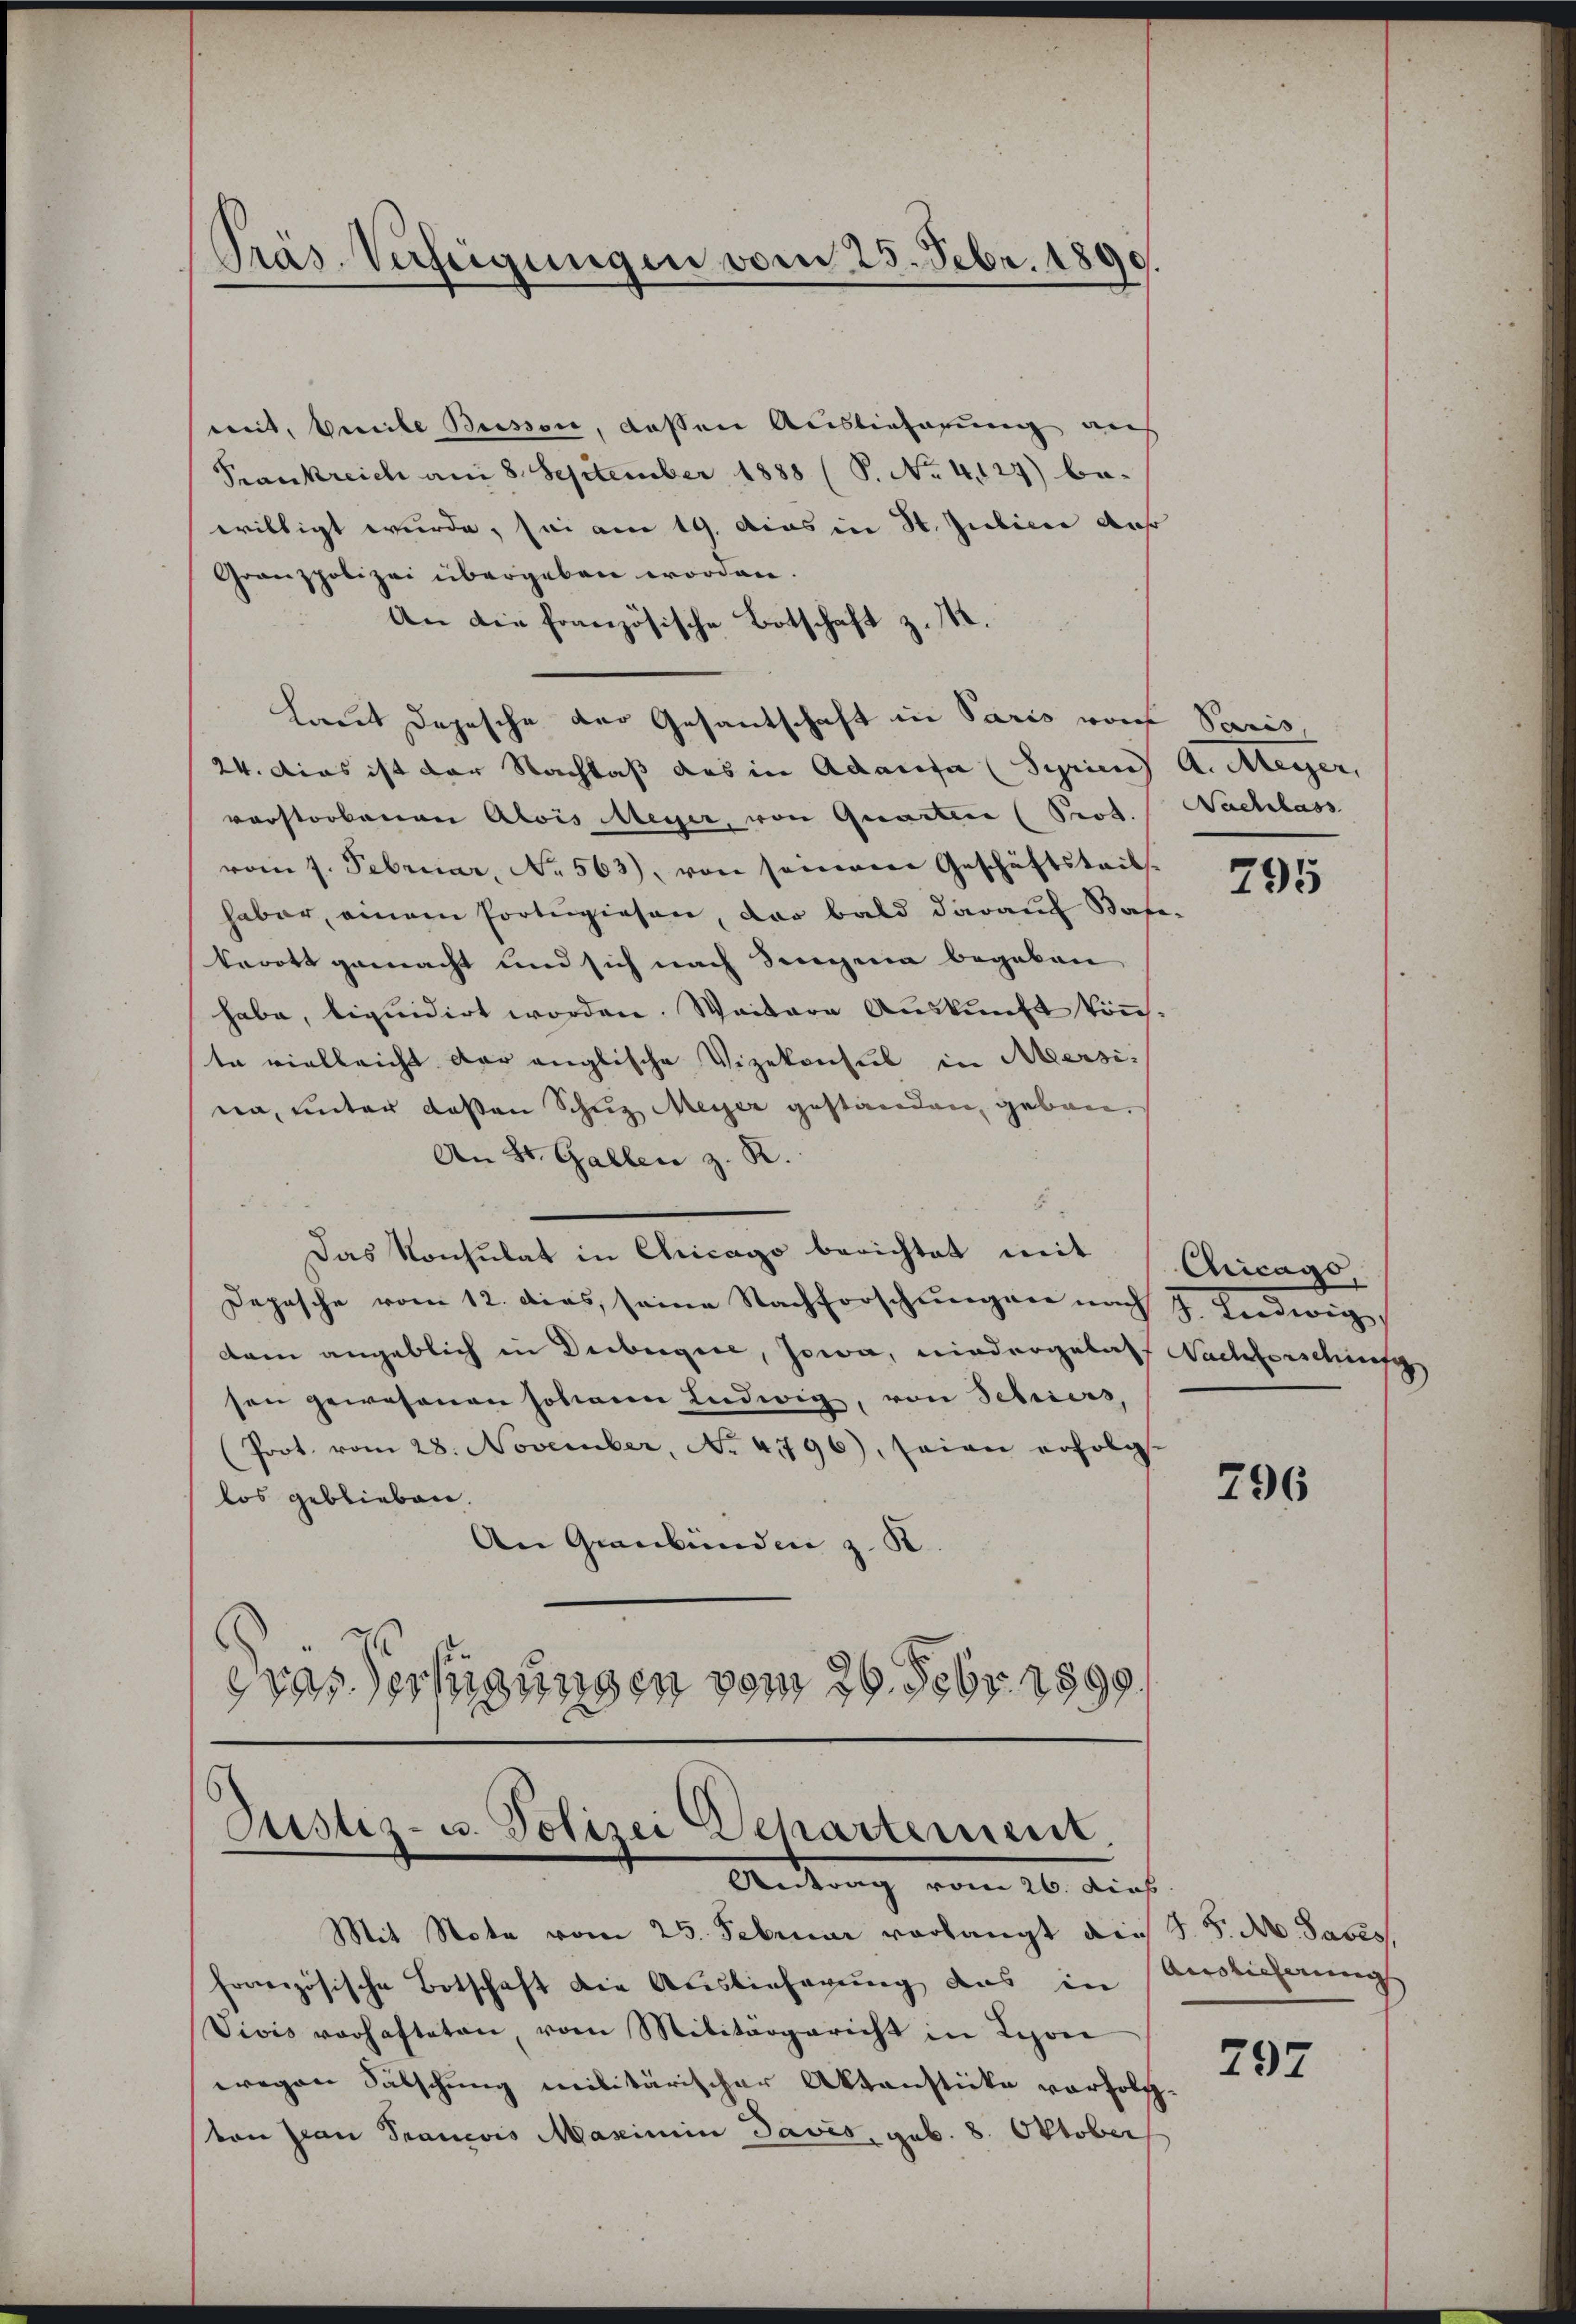
Präs. Verfeigungen vom 23. Febr. 1890.

mit, bereite Buisson, dassen Auslieferung aus
Prankreich am 8. September 1888 (S. No. 4127) bewilligt wurde, sei am 19. Acas in St. Juliere der
Granspolizei übergeben worden.
An die französische Botschaft z. B.
laut Depesche der Gesantschaft in Paris von Paris,
24. Dies ist der Nachlaß das in Adacosa (Syrien) A. Meyer,
vorstorbenen Alois Meyer, von Quarten (Prot. Nachlass
vom 7. Februar, No 563), von seinem Geschäftsteil-
haber, einem Portugiesen, der bald darauf Bafe-
kerott gemacht und sich nach Sengina begeben
habe, liquidirt worden. Weitere Auskunft könnte vielleicht der englische Vizekonsul in Mersina, unter deßen Schuz Meyer gestanden, gebau
An St. Gallen z. R.
5
das Konsulat in Chicago berichtet mit Chicage
Depesche vom 12. dies, seine Nachforschungen nach J. Ludwig,
dam angeblich in Duibergie, Jowa, niedergelaff Nachforsching
sen gewesenen sodann Ludwig, von Schiers,
(Prot. vom 28. November, No 4796), seien erfolg-
los geblieben.
An Graubünden z. B.
Dras Verfügungen vom 26. Febr. 1890.

Justiz- u. Polizei Departement,
Antrag vom 20. Auch

Mit Nota vom 25. Februar vorlangt dies J. J. A. Sabes
französische Botschaft die Auslieferung das in Auslicherungs
Vivis vorhafteten, vom Militärgericht in Leponi
wegen Fälschung militärischer Aktenstücke vorfolg.
ton Jean Prancois Maximum Javis, geb. 8. Oktober

295

796

297